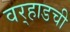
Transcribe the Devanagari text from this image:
वर्‍हाडची